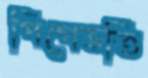
পিপেভর্তি